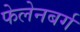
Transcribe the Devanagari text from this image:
फेलेनबर्ग